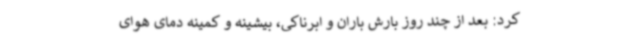
کرد: بعد از چند روز بارش باران و ابرناکی، بیشینه و کمینه دمای هوای